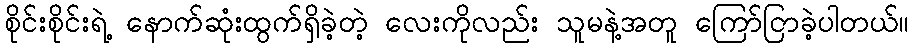
စိုင်းစိုင်းရဲ့ နောက်ဆုံးထွက်ရှိခဲ့တဲ့ လေးကိုလည်း သူမနဲ့အတူ ကြော်ငြာခဲ့ပါတယ်။